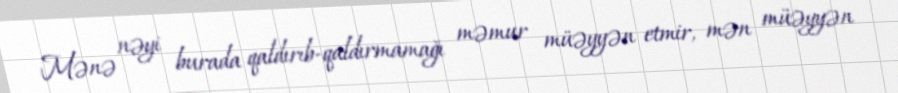
Mənə nəyi burada qaldırıb-qaldırmamağı məmur müəyyən etmir, mən müəyyən